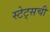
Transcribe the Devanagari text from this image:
स्टेट्सची